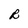
Character: R